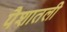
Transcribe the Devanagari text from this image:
पैशातली